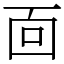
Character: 靣